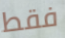
فقط